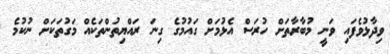
ވިދާޅުވެފައި ވަނީ މުބާރާތަށް ހުރަސް އެޅުމަށް ގައުމުގެ ގިނަ ރައްޔިތުންތަކެއް މަގުތަކަށް ނުކުމެ